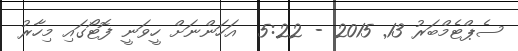
ސެޕްޓެމްބަރު 13